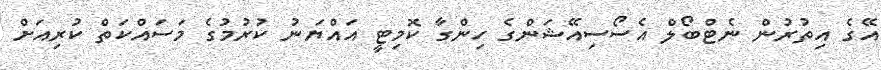
އޭގެ އިތުރުން ނެޓްބޯލް އެސޯސިއޭޝަންގެ ހިންގާ ކޮމިޓީ އައްޔަނު ކުރުމުގެ މަސައްކަތް ކުރިއަށް